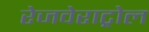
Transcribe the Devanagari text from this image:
रेजवेराट्रोल